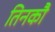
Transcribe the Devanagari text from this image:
तिनकौ